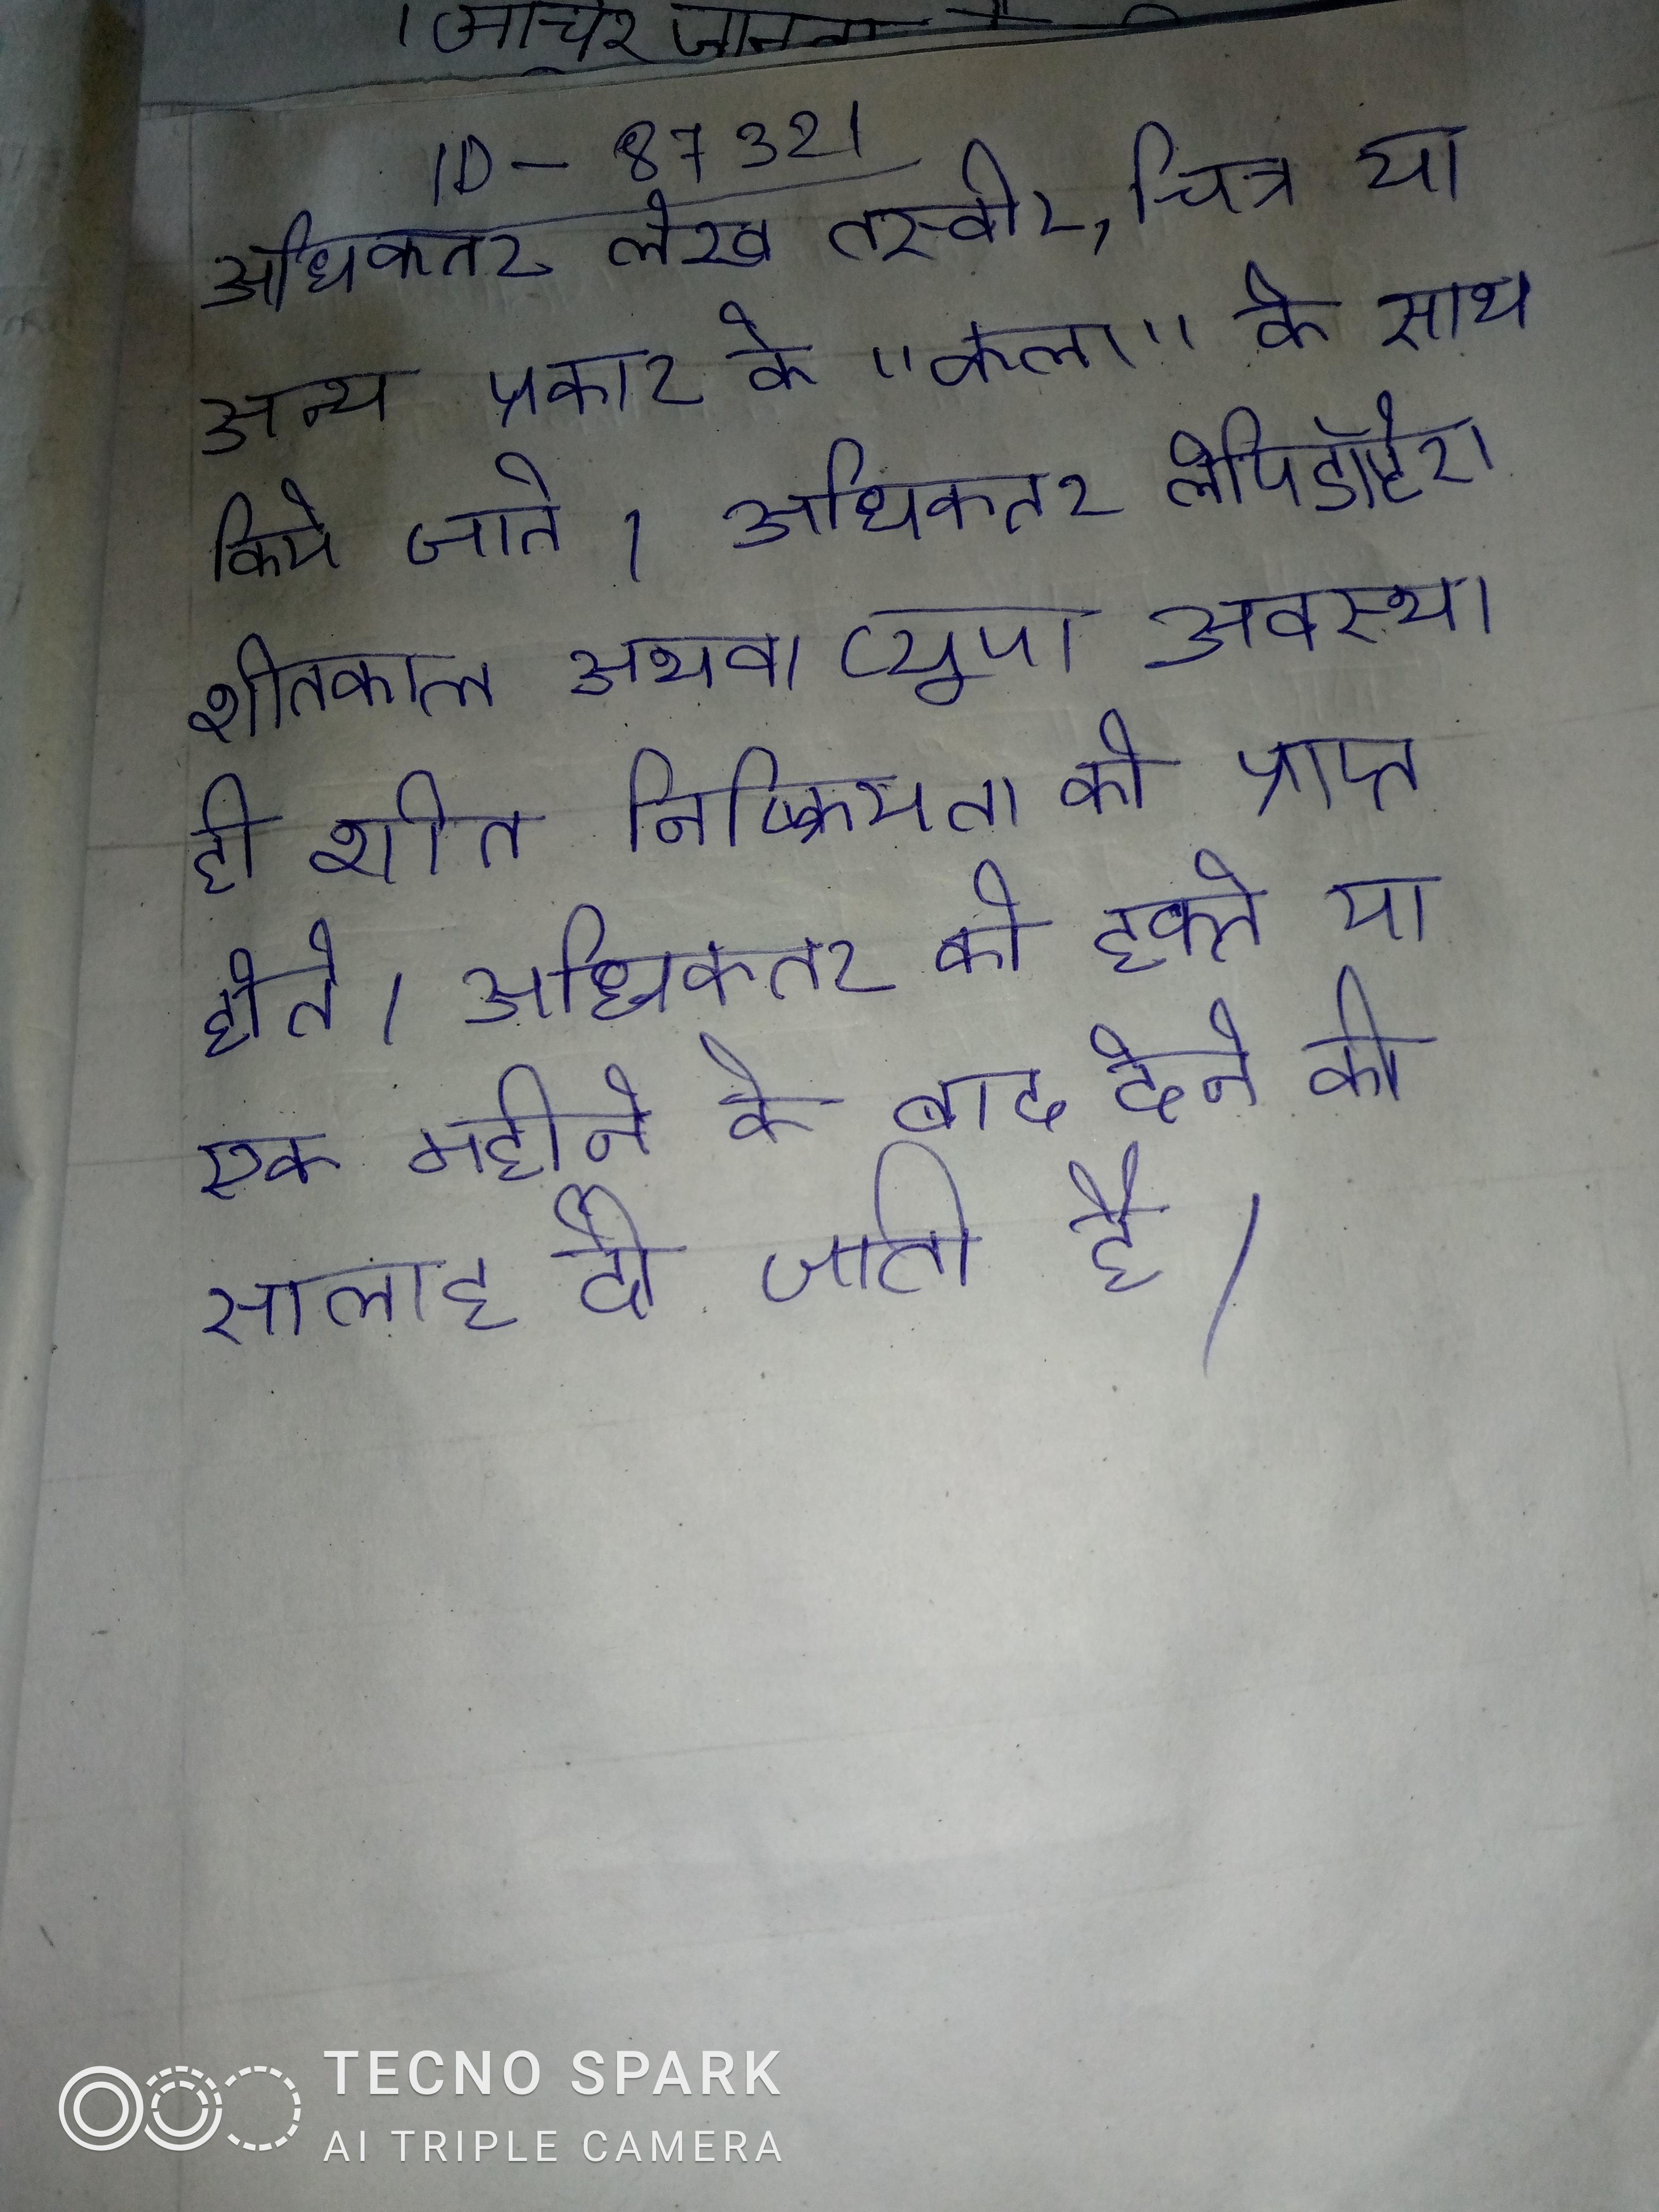
अधिकतर लेख तस्वीर, चित्र या अन्य प्रकार के "कला" के साथ किये जाते । अधिकतर लेपिडॉप्टेरा शीतकाल अथवा प्यूपा अवस्था ही शीत निष्क्रियता को प्राप्त होते । अधिकतर को हफ्ते या एक महीने के बाद देने की सलाह दी जाती है ।